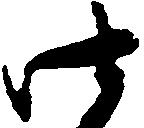
御